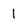
Character: 1